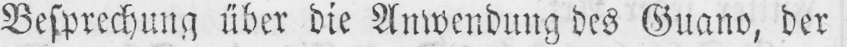
Besprechung über die Anwendung des Guano, der